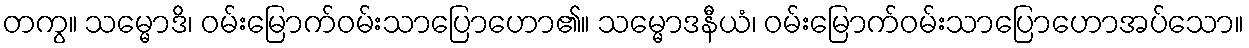
တကွ။ သမ္မောဒိ၊ ဝမ်းမြောက်ဝမ်းသာပြောဟော၏။ သမ္မောဒနီယံ၊ ဝမ်းမြောက်ဝမ်းသာပြောဟောအပ်သော။